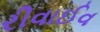
રીવાઈવ